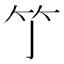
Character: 𥫘